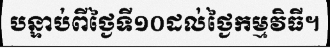
បន្ទាប់ពីថ្ងៃទី១០ដល់ថ្ងៃកម្មវិធី។